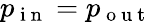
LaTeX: p_{\mathrm{~i~n~}}=p_{\mathrm{~o~u~t~}}